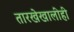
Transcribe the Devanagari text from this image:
तारखेखालीही